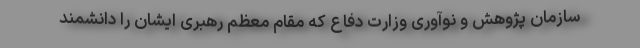
سازمان پژوهش و نوآوری وزارت دفاع که مقام معظم رهبری ایشان را دانشمند